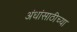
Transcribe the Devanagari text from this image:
अंधांसाठीच्या